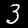
Label: 3